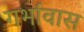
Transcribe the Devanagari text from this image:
गर्भावास